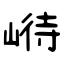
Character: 崻